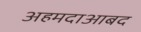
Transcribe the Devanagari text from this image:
अहमदाआबद